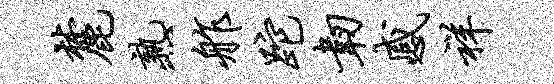
麓熟舴跎韧感祥